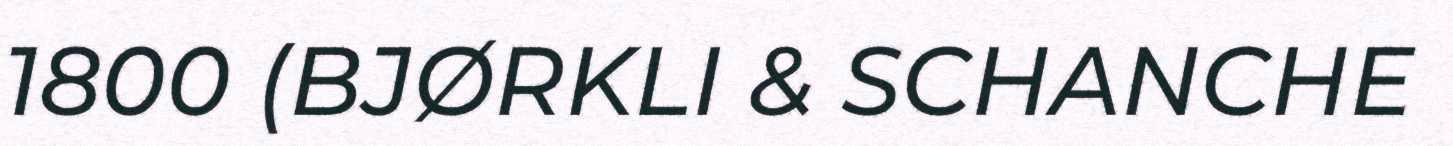
1800 (BJØRKLI & SCHANCHE